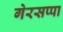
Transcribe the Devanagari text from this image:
गेरसप्पा